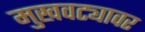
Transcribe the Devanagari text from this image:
मुखवट्यावर